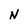
Character: N